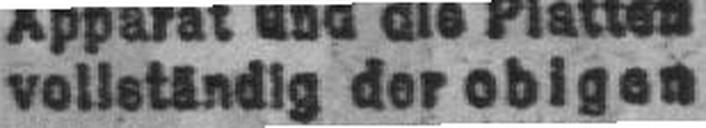
vollständig der obigen